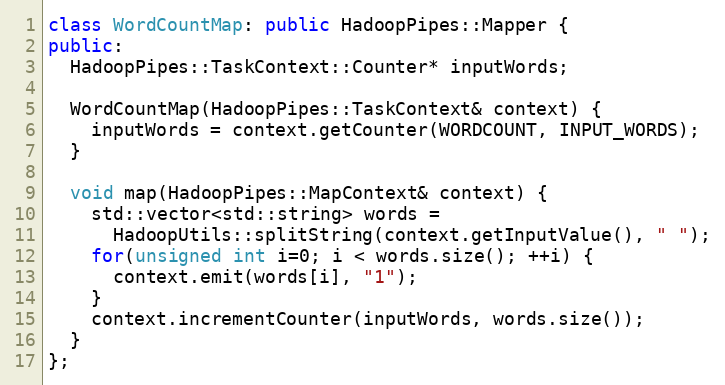
Language: C++
class WordCountMap: public HadoopPipes::Mapper {
public:
  HadoopPipes::TaskContext::Counter* inputWords;

  WordCountMap(HadoopPipes::TaskContext& context) {
    inputWords = context.getCounter(WORDCOUNT, INPUT_WORDS);
  }

  void map(HadoopPipes::MapContext& context) {
    std::vector<std::string> words =
      HadoopUtils::splitString(context.getInputValue(), " ");
    for(unsigned int i=0; i < words.size(); ++i) {
      context.emit(words[i], "1");
    }
    context.incrementCounter(inputWords, words.size());
  }
};